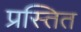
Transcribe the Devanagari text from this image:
प्रस्तित